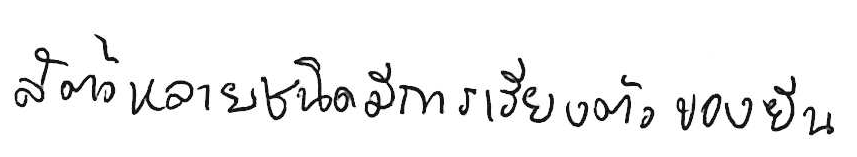
สัตว์หลายชนิดมีการเรียงตัวของยีน